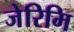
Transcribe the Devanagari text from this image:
जेरिमि